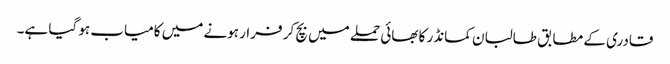
قادری کے مطابق طالبان کمانڈر کا بھائی حملے میں بچ کر فرار ہونے میں کامیاب ہو گیا ہے۔